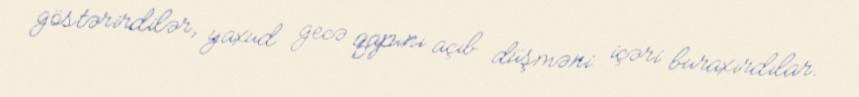
göstərirdilər, yaxud gecə qapını açıb düşməni içəri buraxırdılar.